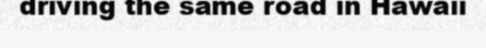
driving the same road in Hawaii